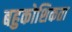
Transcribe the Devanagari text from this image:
बहुकोशिकता